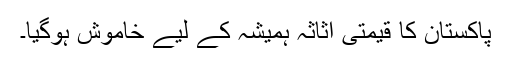
پاکستان کا قیمتی اثاثہ ہمیشہ کے لیے خاموش ہوگیا۔